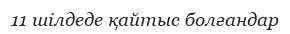
11 шілдеде қайтыс болғандар